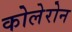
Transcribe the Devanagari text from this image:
कोलेरोन